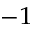
^ { - 1 }